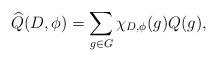
LaTeX: \begin{align*}\widehat{Q}(D, \phi)= \sum_{g \in G} \chi_{D,\phi}(g) Q(g),\end{align*}